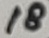
Text: 18